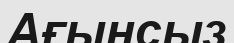
Ағынсыз